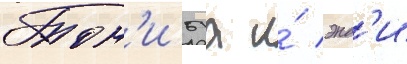
Тон'и буа и́ энд'и